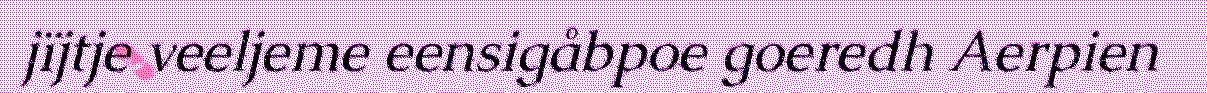
jïjtje veeljeme eensigåbpoe goeredh Aerpien